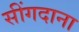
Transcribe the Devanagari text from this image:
सींगदाना